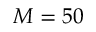
M = 5 0